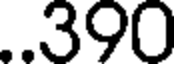
..390